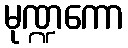
မုဏ္ဍကော